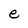
Character: e